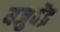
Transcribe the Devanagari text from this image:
यजुर्वेंद्र